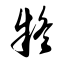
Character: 疑